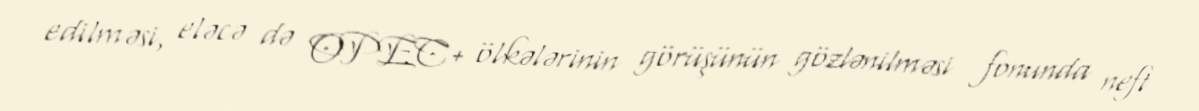
edilməsi, eləcə də OPEC+ ölkələrinin görüşünün gözlənilməsi fonunda neft